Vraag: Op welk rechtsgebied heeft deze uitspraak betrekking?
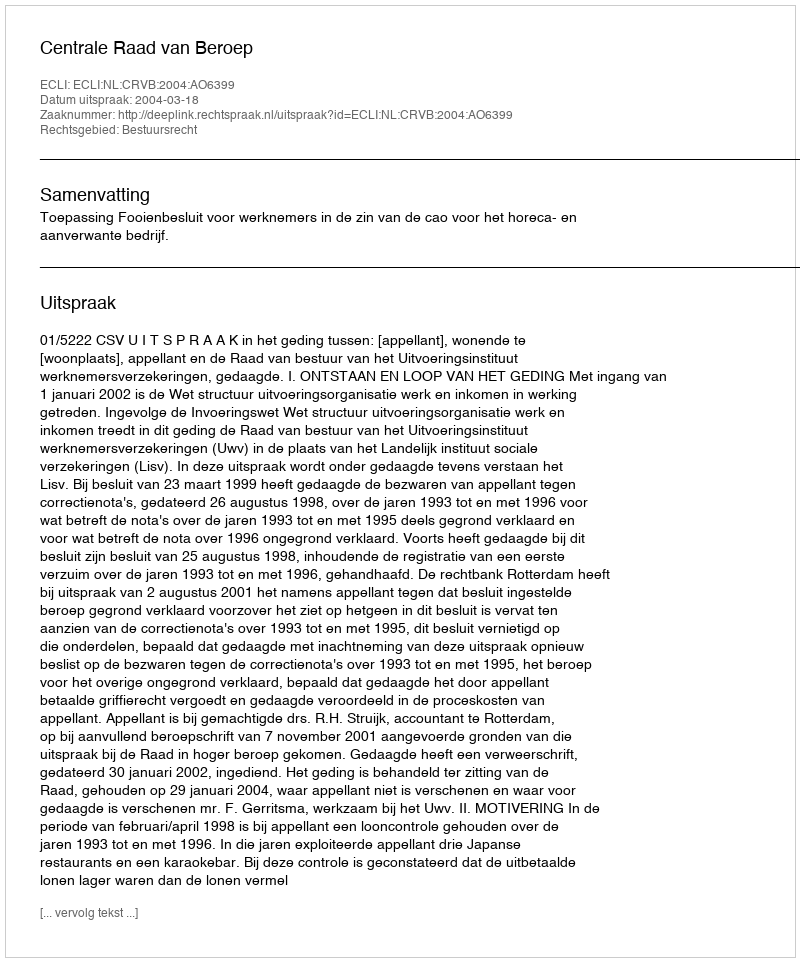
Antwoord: Bestuursrecht